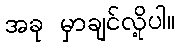
အခု မှာချင်လို့ပါ။